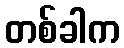
တစ်ခါက